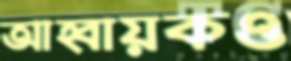
আহ্বায়কও